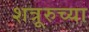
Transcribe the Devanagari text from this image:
शत्रूरुच्या